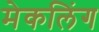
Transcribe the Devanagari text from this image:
मेकलिंग